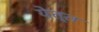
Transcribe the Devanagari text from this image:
येत्त